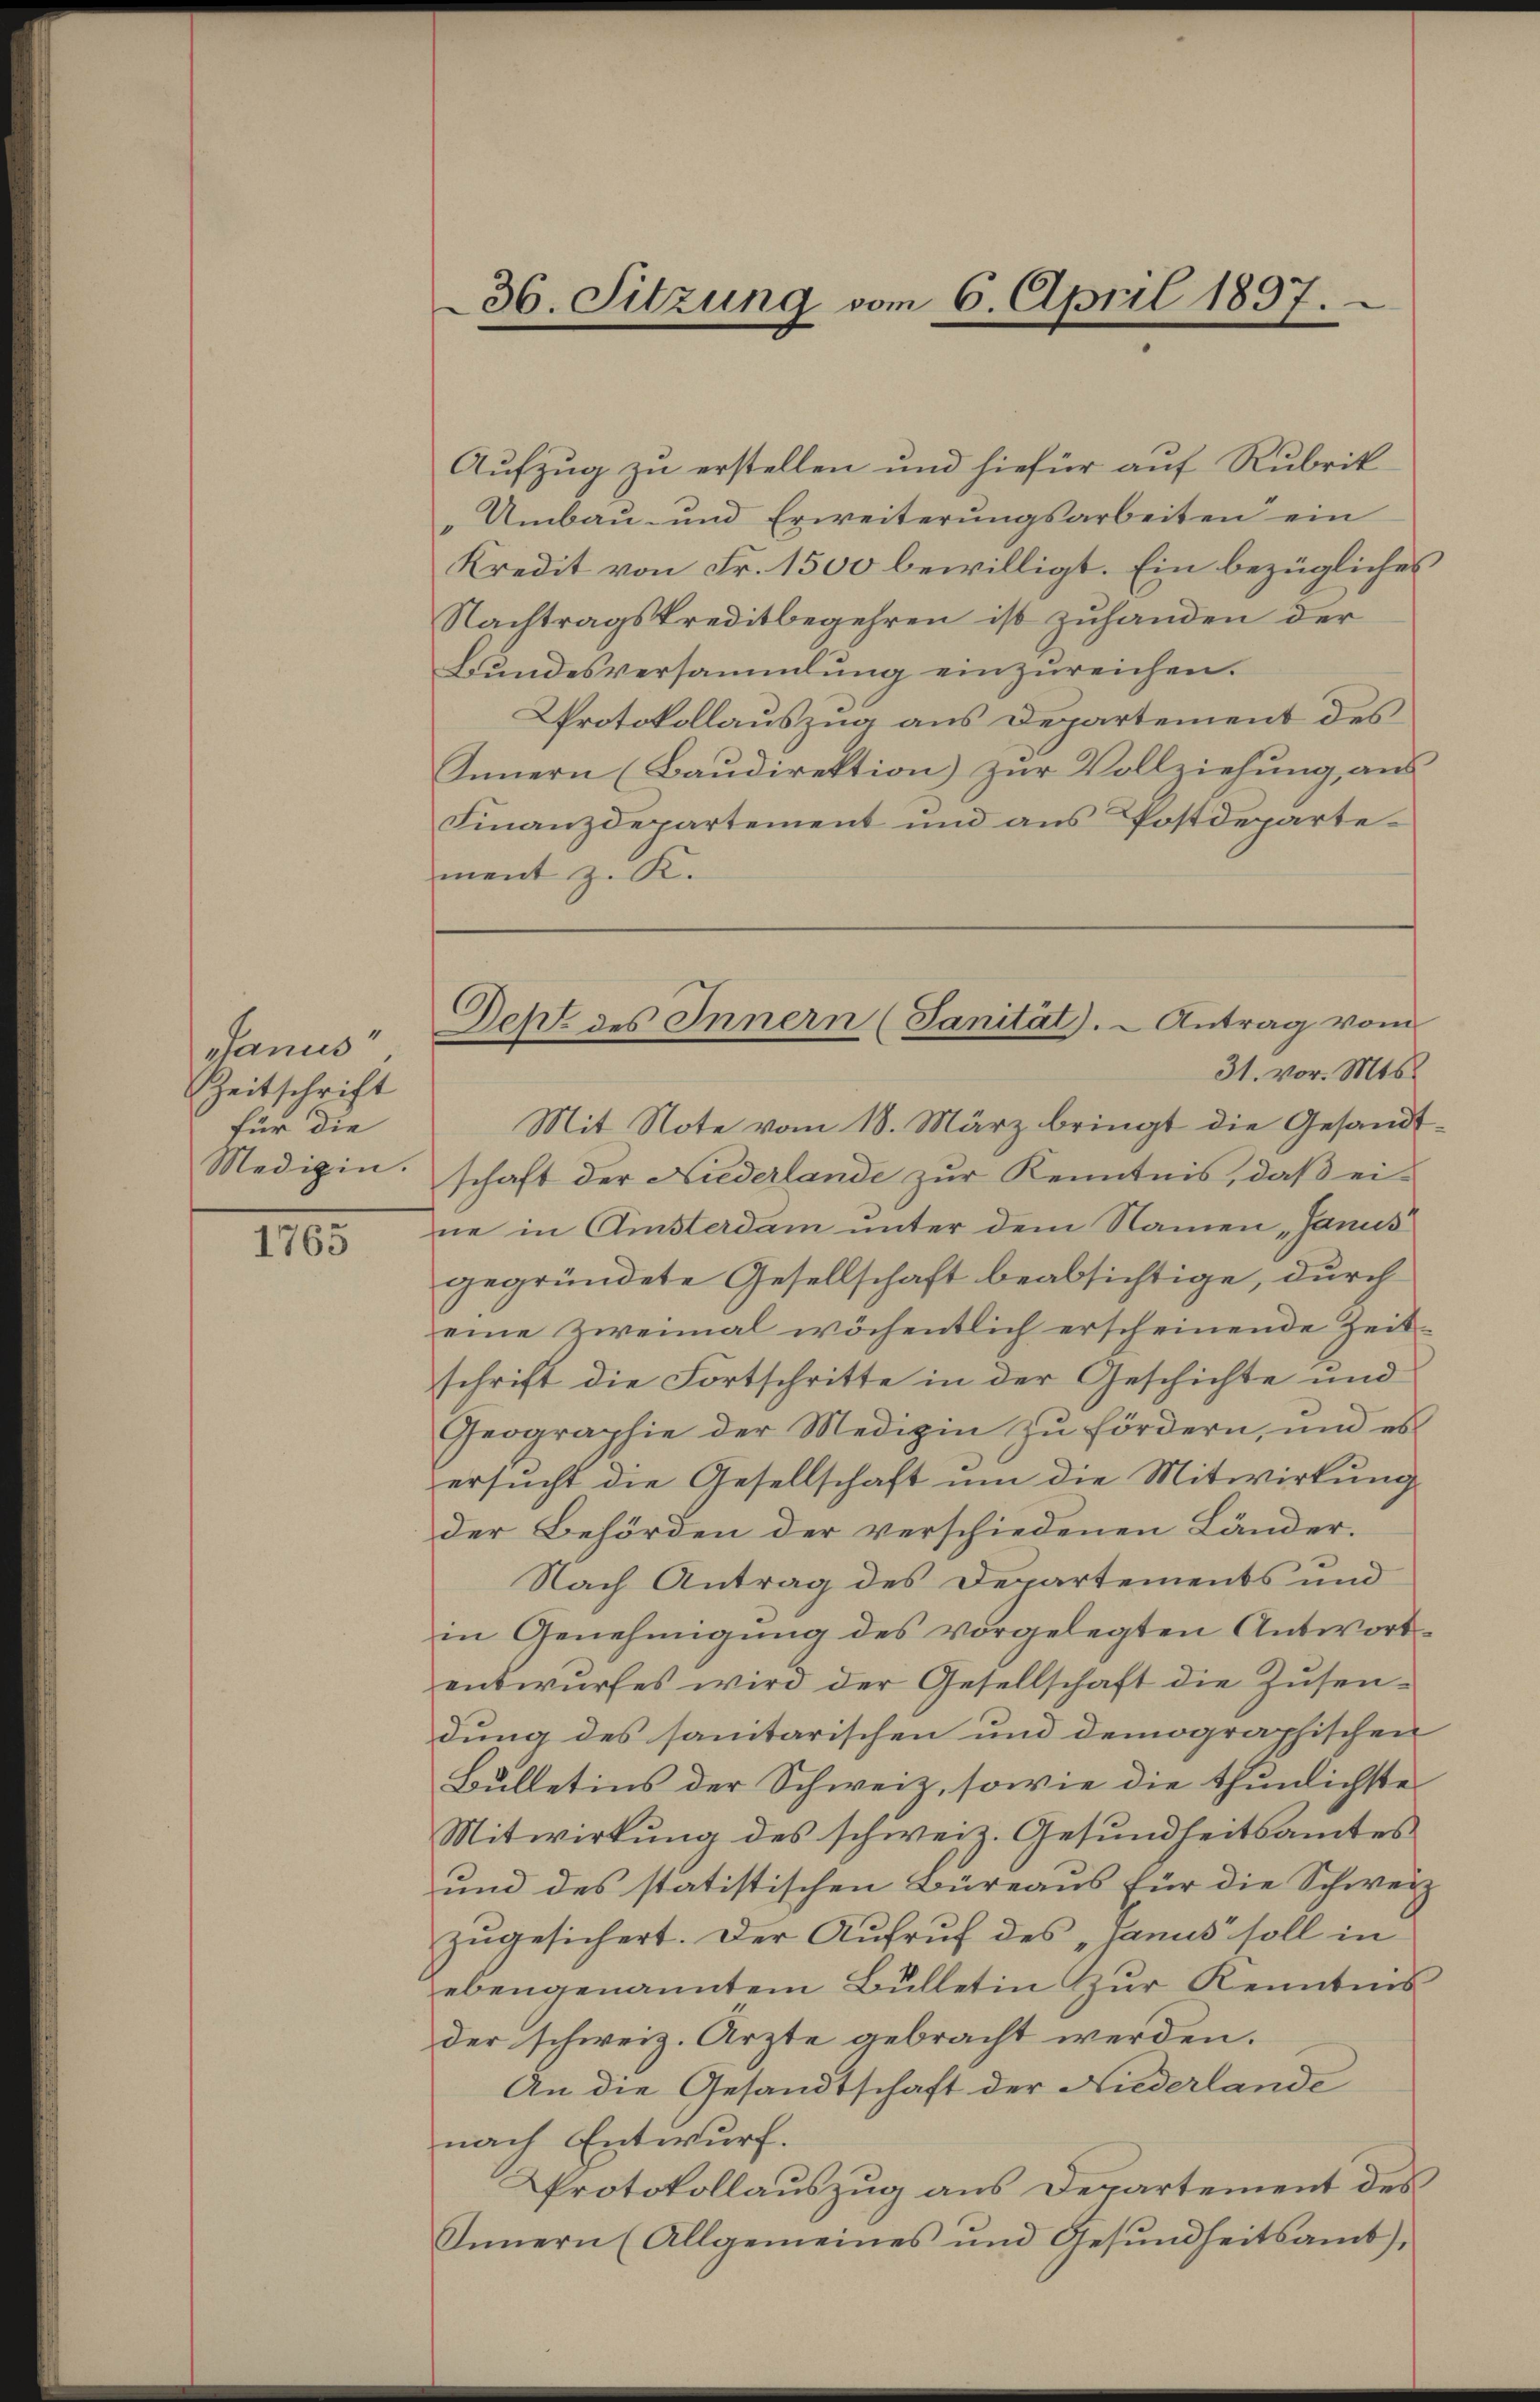
danus
Zeitschrift
für die

1765

36. Sitzung vom 6. April 1897.

Aufzug zu erstellen und hiefür auf Rubrik
„Umbau- und Erweiterŭngsarbeiten ein
Kredit von Fr. 1500 bewilligt. Ein bezügliches
Nachtragskreditbegehren ist zuhanden der
Bundesversammlung einzureichen.
Protokollauszug aus Departement des
Innern (Baudirektion) zur Vollziehung, aus
Finanzdepartement und aus Postdepartement z. K.
Mit Note vom 18. März bringt die Gesandt
Medizin. schaft der Niederlande zŭr Kenntnis, daβ ei-
ne in Aisterdam unter dem Namen „Janis
gegründete Gesellschaft beabsichtige, durch
eine Zweimal wöchentlich erscheinende Zeitschrift die Fortschritte in der Geschichte und
Geographie der Medizin zu fördern, und es
ersucht die Gesellschaft um die Mitwirkung
der Behörden der verschiedenen Länder.
Nach Antrag des Departements und
in Genehmigŭng des vorgelegten Antwort
entwŭrfes wird der Gesellschaft die Zŭsen-
dung des sanitarischen und demographischen
Bulletins der Schweiz, sowie die thunlichste
Mitwirkung des schweiz. Gesundheitsamtes
und des statistischen Büreaus für die Schweiz
zŭgesichert. Der Aufruf des „Janus soll in
ebengenanntem Bŭlletin zŭr Kenntnis
der schweiz. Arzte gebracht werden.
An die Gesandtschaft der Niederlande
nach Entwurf.
Protokollauszug aus Departement des
Innern (Allgemeines und Gesŭndheitsamt),

Deht des Innern (Sanität). Antrag vom
31. vor. Mts.